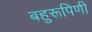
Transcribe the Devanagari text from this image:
बहुरूपिणी